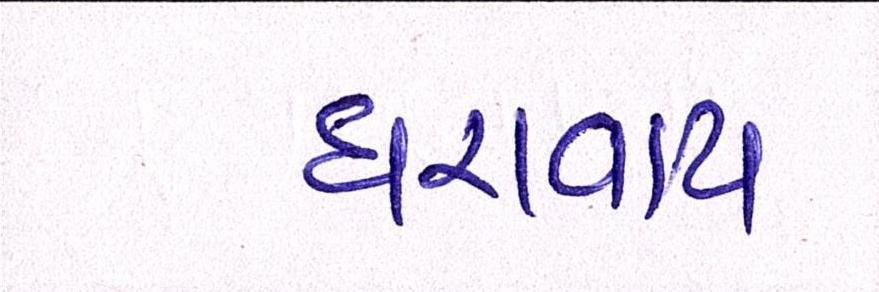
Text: ધરાવાય